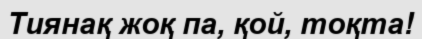
Тиянақ жоқ па, қой, тоқта!